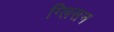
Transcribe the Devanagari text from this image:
ग्लिसन